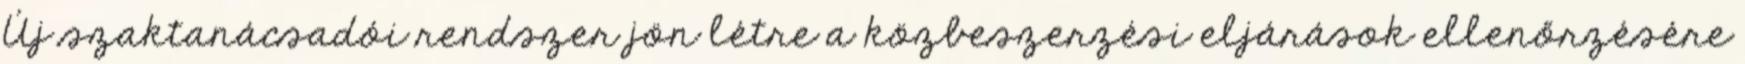
Új szaktanácsadói rendszer jön létre a közbeszerzési eljárások ellenőrzésére